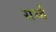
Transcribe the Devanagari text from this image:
सर्च्ड